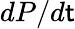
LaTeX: dP/d\mathsf{t}